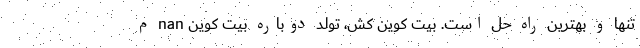
تنها و بهترین راه حل است. بیت کوین کش، تولد دوباره بیت کوین nan م